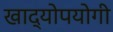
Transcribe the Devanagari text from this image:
खाद्योपयोगी